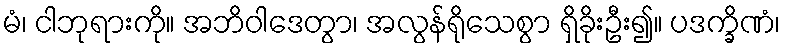
မံ၊ ငါဘုရားကို။ အဘိဝါဒေတွာ၊ အလွန်ရိုသေစွာ ရှိခိုးဦး၍။ ပဒက္ခိဏံ၊